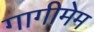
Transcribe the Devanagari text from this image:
गागीमेम